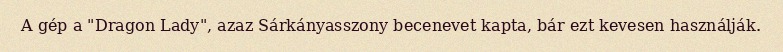
A gép a "Dragon Lady", azaz Sárkányasszony becenevet kapta, bár ezt kevesen használják.